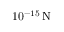
1 0 ^ { - 1 5 } \, \mathrm { { N } }